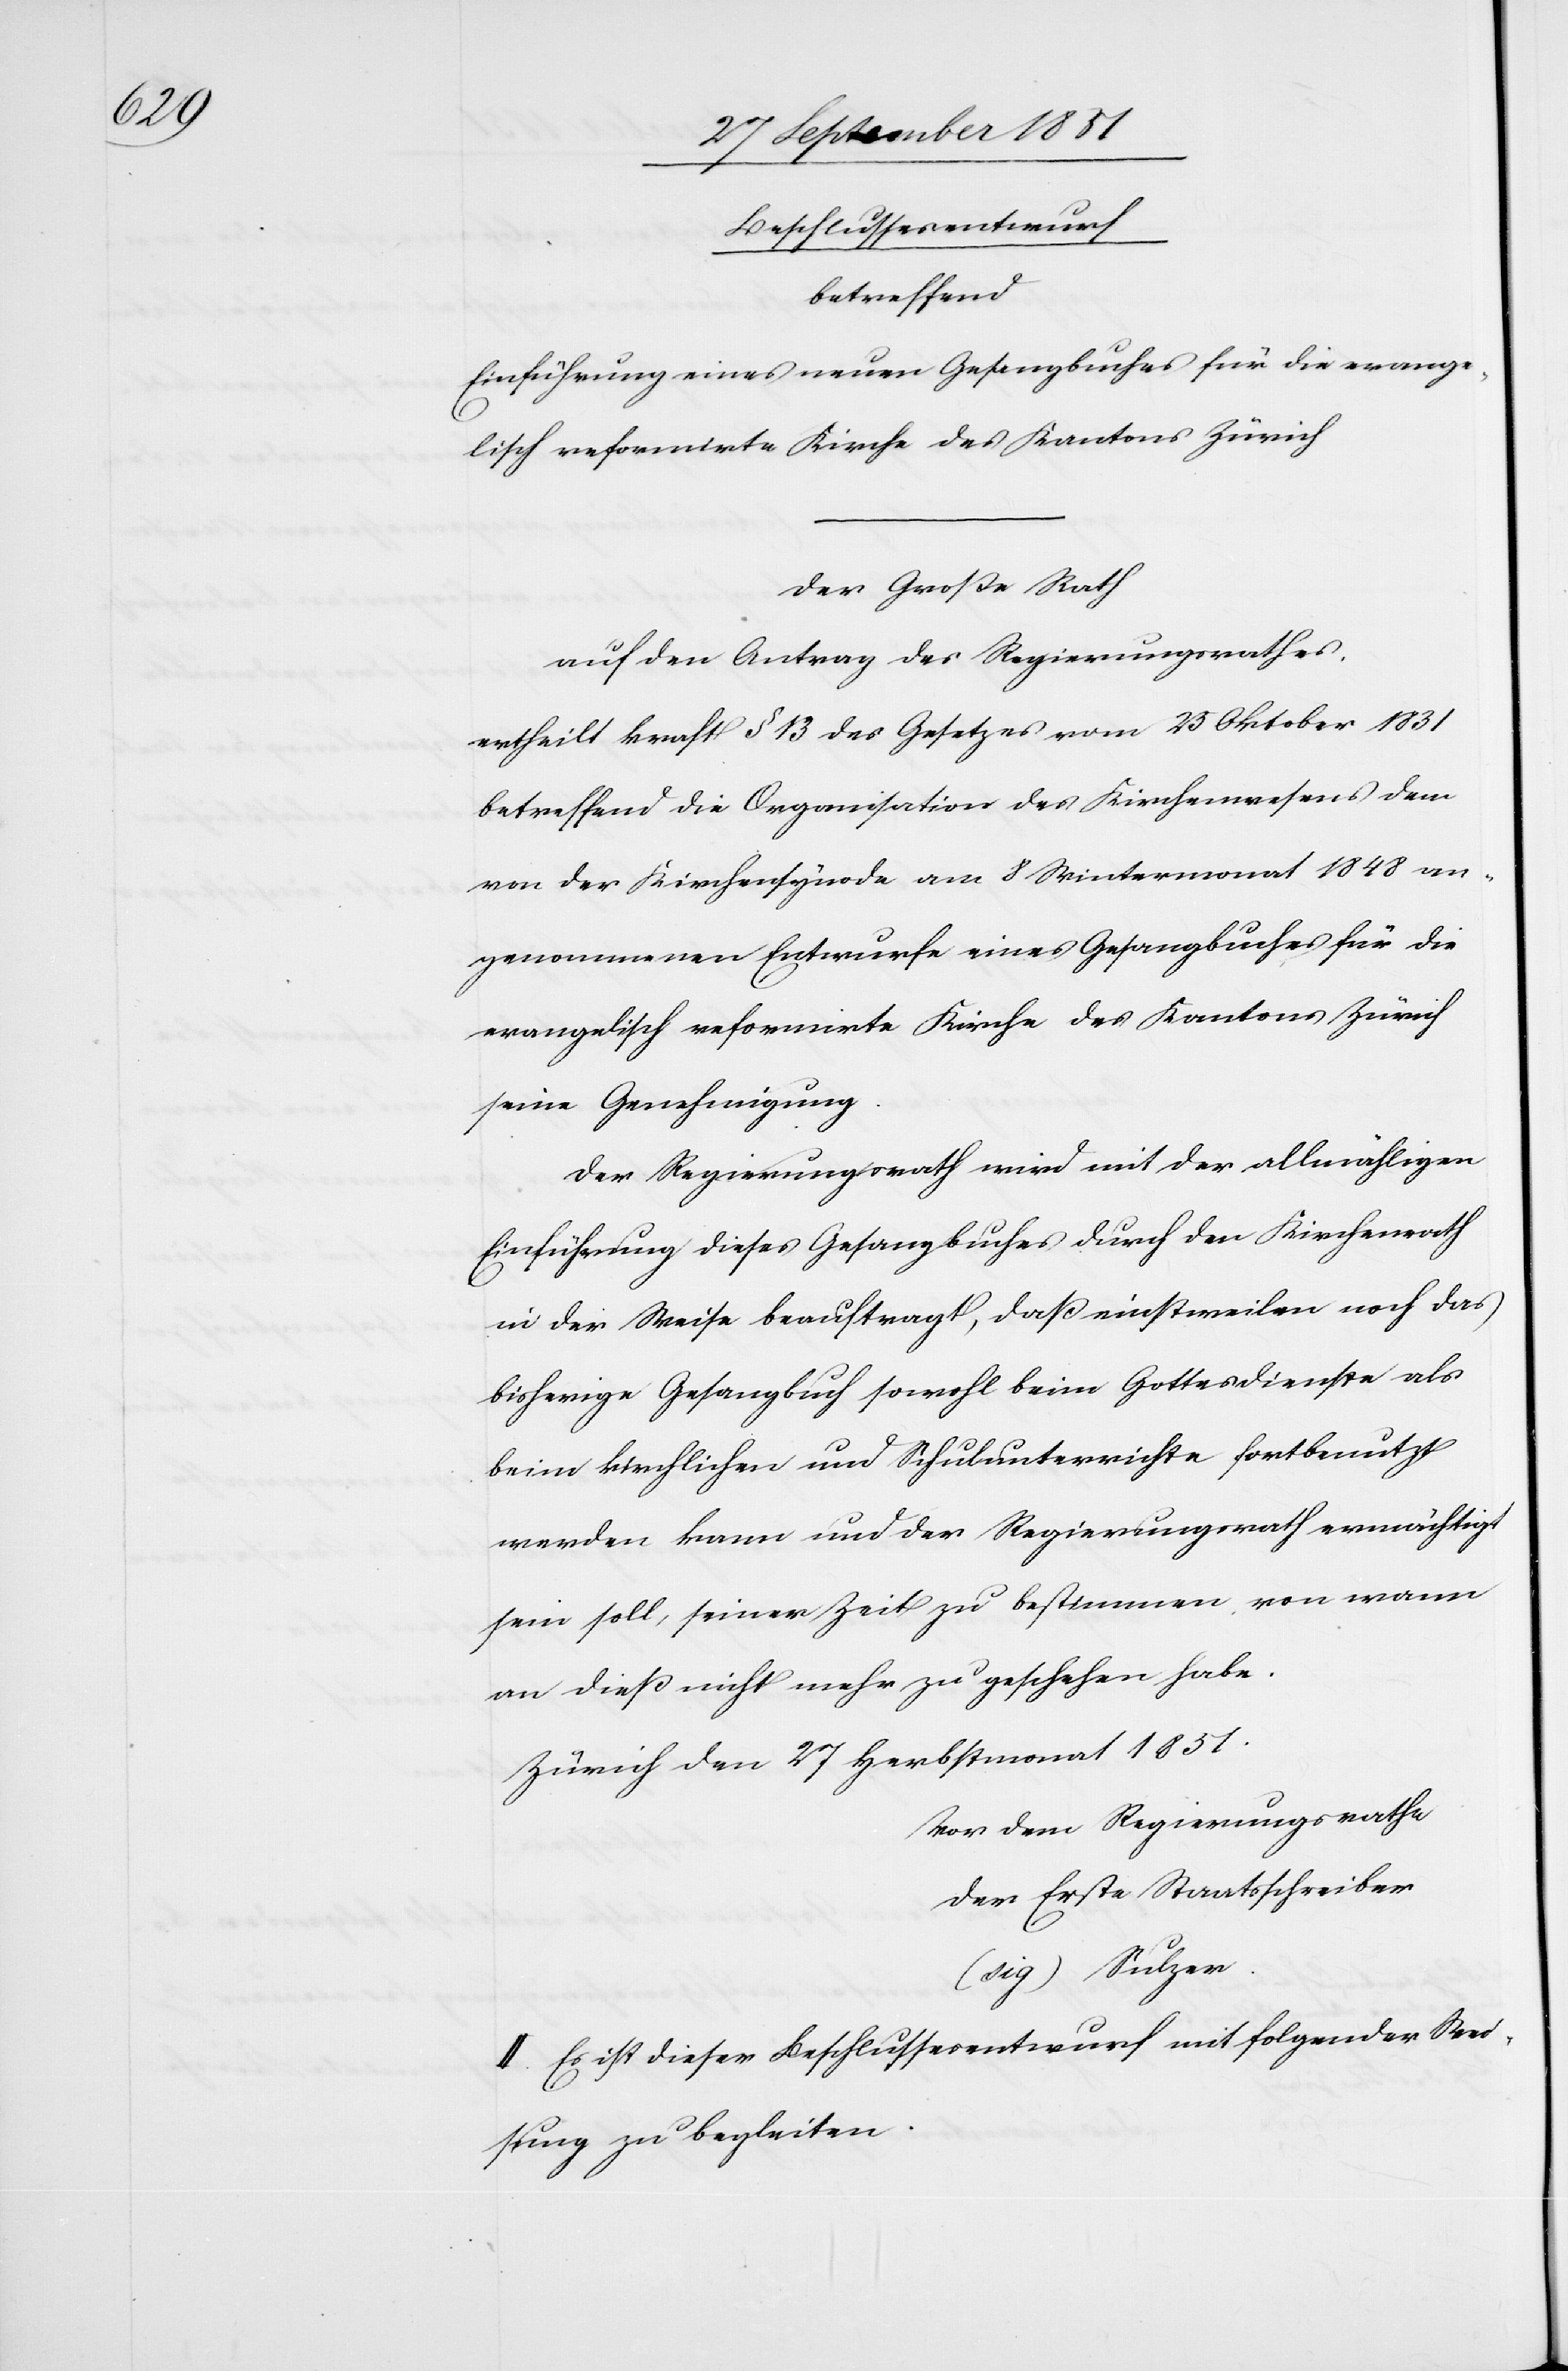
lisch

Beschlussesentwurf
_______
Einführung eines neuen Gesangbuches für die evange¬
Der Große Rath
auf den Antrag des Regierungsrathes,
ertheilt kraft § 13 des Gesetzes vom 25 Oktober 1831
betreffend die Organisation des Kirchenwesens dem
von der Kirchensynode am 8 Wintermonat 1848 an¬
genommenen Entwurfe eines Gesangbuches für die
evangelisch reformirte Kirche des Kantons Zürich
seine Genehmigung.
Der Regierungsrath wird mit der allmähligen
Einführung dieses Gesangbuches durch den Kirchenrath
in der Weise beauftragt, daß einstweilen noch das
bisherige Gesangbuch sowohl beim Gottesdienste als
beim kirchlichen und Schulunterrichte fortbenutzt
werden kann und der Regierungsrath ermächtigt
sein soll, seiner Zeit zu bestimmen von wann
an dieß nicht mehr zu geschehen habe.
Zürich den 27 Herbstmonat 1851.
Vor dem Regierungsrathe
der Erste Staatsschreiber
(sig) Sulzer.
II. Es ist dieser Beschlussesentwurf mit folgender Wei¬
sung zu begleiten.